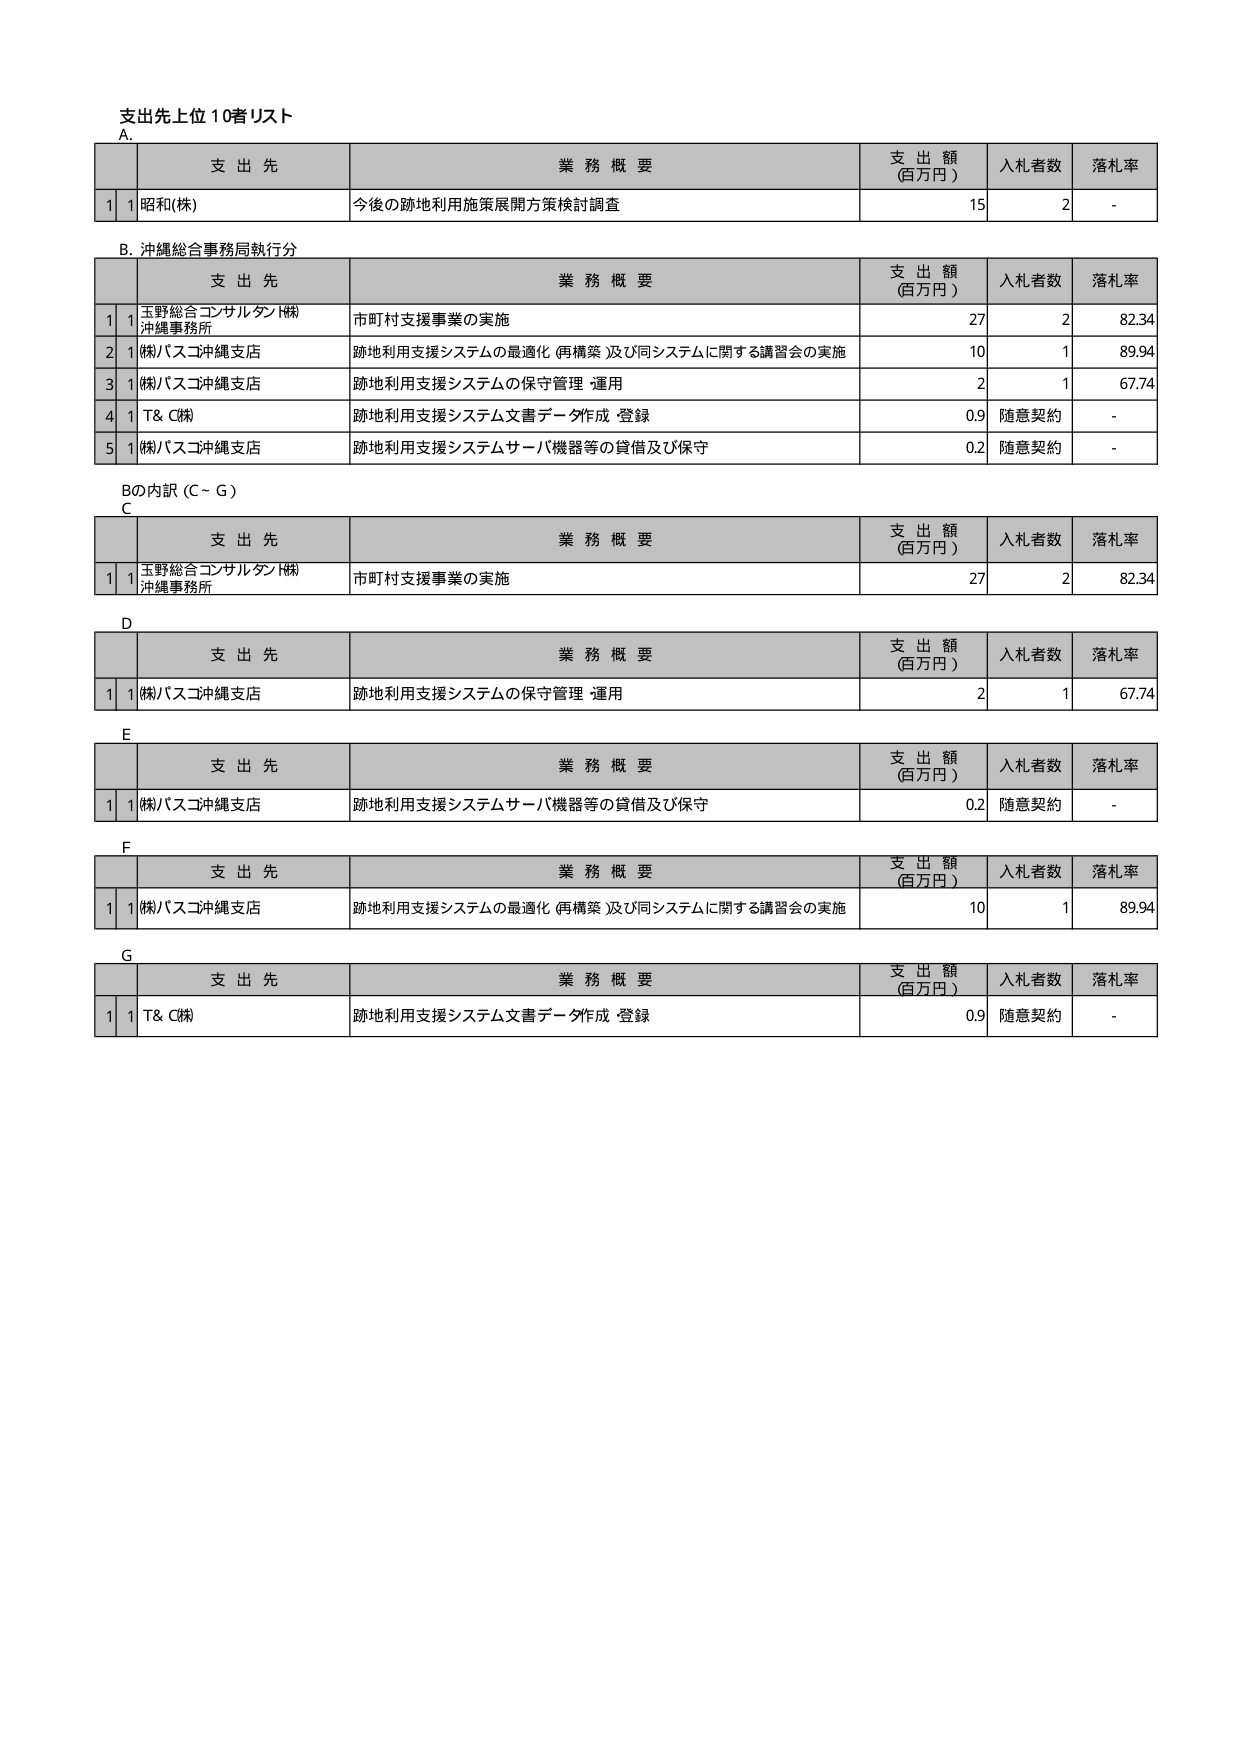
支出先上位10者リスト
A.
支 出 先 業 務 概 要 支 出 額 (百万円) 入札者数 落札率
1 昭和(株) 今後の跡地利用施策展開方策検討調査 15 2 -

B. 沖縄総合事務局執行分
支 出 先 業 務 概 要 支 出 額 (百万円) 入札者数 落札率
1 玉野総合コンサルタン(株) 沖縄事務所 市町村支援事業の実施 27 2 82.34
2 (株)バスコ沖縄支店 跡地利用支援システムの最適化(再構築)及び同システムに関する講習会の実施 10 1 89.94
3 (株)バスコ沖縄支店 跡地利用支援システムの保守管理・運用 2 1 67.74
4 T& C(株) 跡地利用支援システム文書データ作成・登録 0.9 随意契約 -
5 (株)バスコ沖縄支店 跡地利用支援システムサーバ機器等の貸借及び保守 0.2 随意契約 -

Bの内訳 (C～G)
C
支 出 先 業 務 概 要 支 出 額 (百万円) 入札者数 落札率
1 玉野総合コンサルタン(株) 沖縄事務所 市町村支援事業の実施 27 2 82.34

D
支 出 先 業 務 概 要 支 出 額 (百万円) 入札者数 落札率
1 (株)バスコ沖縄支店 跡地利用支援システムの保守管理・運用 2 1 67.74

E
支 出 先 業 務 概 要 支 出 額 (百万円) 入札者数 落札率
1 (株)バスコ沖縄支店 跡地利用支援システムサーバ機器等の貸借及び保守 0.2 随意契約 -

F
支 出 先 業 務 概 要 支 出 額 (百万円) 入札者数 落札率
1 (株)バスコ沖縄支店 跡地利用支援システムの最適化(再構築)及び同システムに関する講習会の実施 10 1 89.94

G
支 出 先 業 務 概 要 支 出 額 (百万円) 入札者数 落札率
1 T& C(株) 跡地利用支援システム文書データ作成・登録 0.9 随意契約 -